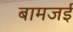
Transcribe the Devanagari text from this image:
बामजई